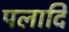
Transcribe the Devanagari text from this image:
पलादि